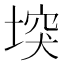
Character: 堗